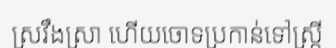
ស្រវឹងស្រា ហើយចោទប្រកាន់ទៅស្ត្រី